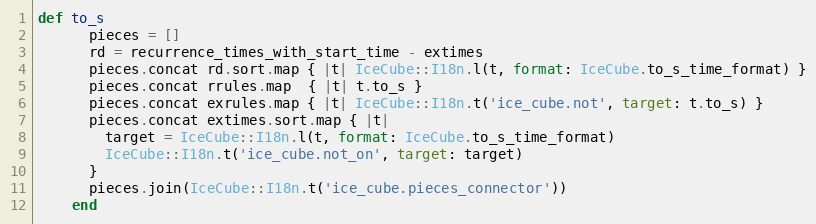
Language: Ruby
def to_s
      pieces = []
      rd = recurrence_times_with_start_time - extimes
      pieces.concat rd.sort.map { |t| IceCube::I18n.l(t, format: IceCube.to_s_time_format) }
      pieces.concat rrules.map  { |t| t.to_s }
      pieces.concat exrules.map { |t| IceCube::I18n.t('ice_cube.not', target: t.to_s) }
      pieces.concat extimes.sort.map { |t|
        target = IceCube::I18n.l(t, format: IceCube.to_s_time_format)
        IceCube::I18n.t('ice_cube.not_on', target: target)
      }
      pieces.join(IceCube::I18n.t('ice_cube.pieces_connector'))
    end